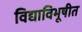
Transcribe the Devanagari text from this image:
विद्याविभूषीत